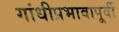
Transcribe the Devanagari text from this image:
गांधीप्रभावापूर्वी